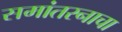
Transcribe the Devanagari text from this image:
समांतरनाचा